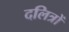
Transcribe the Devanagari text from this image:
दलित्रों